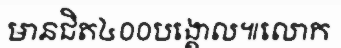
មានជិត៤០០បង្គោល៕លោក